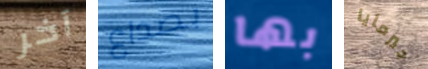
آخر بصداع بها جيرمايا